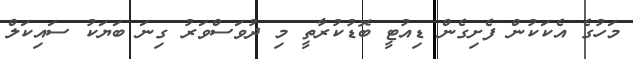
މަހުގެ އެކަކުން ފެށިގެން ޑިއުޓީ ބޮޑުކުރާތީ މި ދުވަސްވަރު ގިނަ ބަޔަކު ސައިކަލް